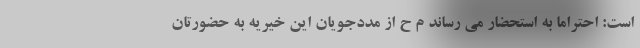
است: احتراماً به استحضار می رساند م ح از مددجویان این خیریه به حضورتان